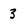
Character: 3